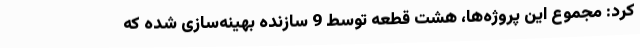
کرد: مجموع این پروژه‌ها، هشت قطعه توسط 9 سازنده بهینه‌سازی شده که